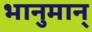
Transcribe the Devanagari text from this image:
भानुमान्